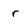
Character: r